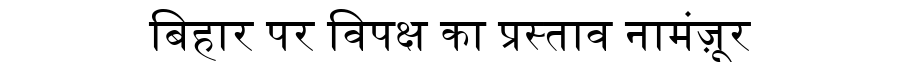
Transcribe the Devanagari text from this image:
बिहार पर विपक्ष का प्रस्ताव नामंज़ूर